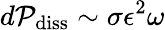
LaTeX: d\mathcal{P}_{\mathrm{diss}}\sim\sigma\epsilon^{2}\omega